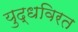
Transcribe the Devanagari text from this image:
युद्धविरत